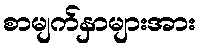
စာမျက်နှာများအား